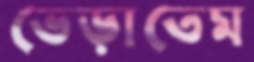
ভেড়াতেম